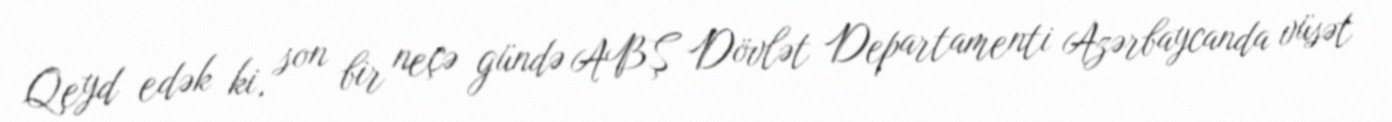
Qeyd edək ki, son bir neçə gündə ABŞ Dövlət Departamenti Azərbaycanda vüsət